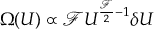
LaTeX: \Omega ( U ) \propto { \mathcal { F } } U ^ { { \frac { \mathcal { F } } { 2 } } - 1 } \delta U